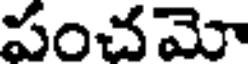
పంచమో